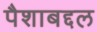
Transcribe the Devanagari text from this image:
पैशाबद्दल